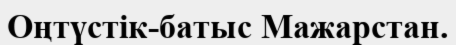
Оңтүстік-батыс Мажарстан.